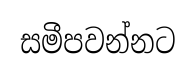
සමීපවන්නට